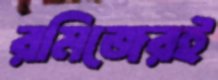
রমিজেরই